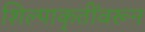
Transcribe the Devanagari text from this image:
शिल्पाकृतींवरून